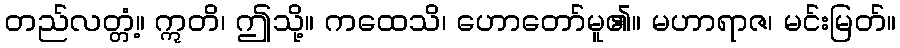
တည်လတ္တံ့။ ဣတိ၊ ဤသို့။ ကထေသိ၊ ဟောတော်မူ၏။ မဟာရာဇ၊ မင်းမြတ်။